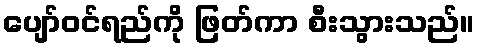
ပျော်ဝင်ရည်ကို ဖြတ်ကာ စီးသွားသည်။